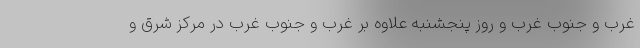
غرب و جنوب غرب و روز پنجشنبه علاوه بر غرب و جنوب غرب در مرکز شرق و